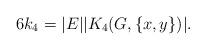
LaTeX: \begin{align*}6k_4=|E||K_4(G,\{x,y\})|.\end{align*}